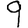
Digit: 9